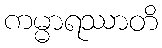
ကမ္မာရဿာတိ